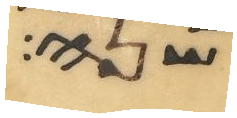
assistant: שני